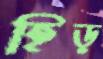
হিড়